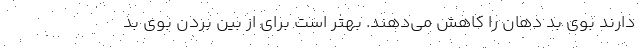
دارند بوی بد دهان را کاهش می‌دهند. بهتر است برای از بین بردن بوی بد